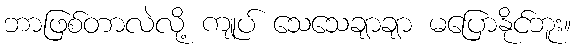
ဘာဖြစ်တာလဲလို့ ကျုပ် သေသေချာချာ မပြောနိုင်ဘူး။